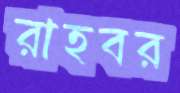
রাহবর